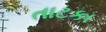
તાટકા